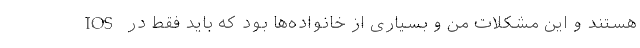
IOS هستند و این مشکلات من و بسیاری از خانواده‌ها بود که باید فقط در